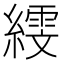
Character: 𦅙